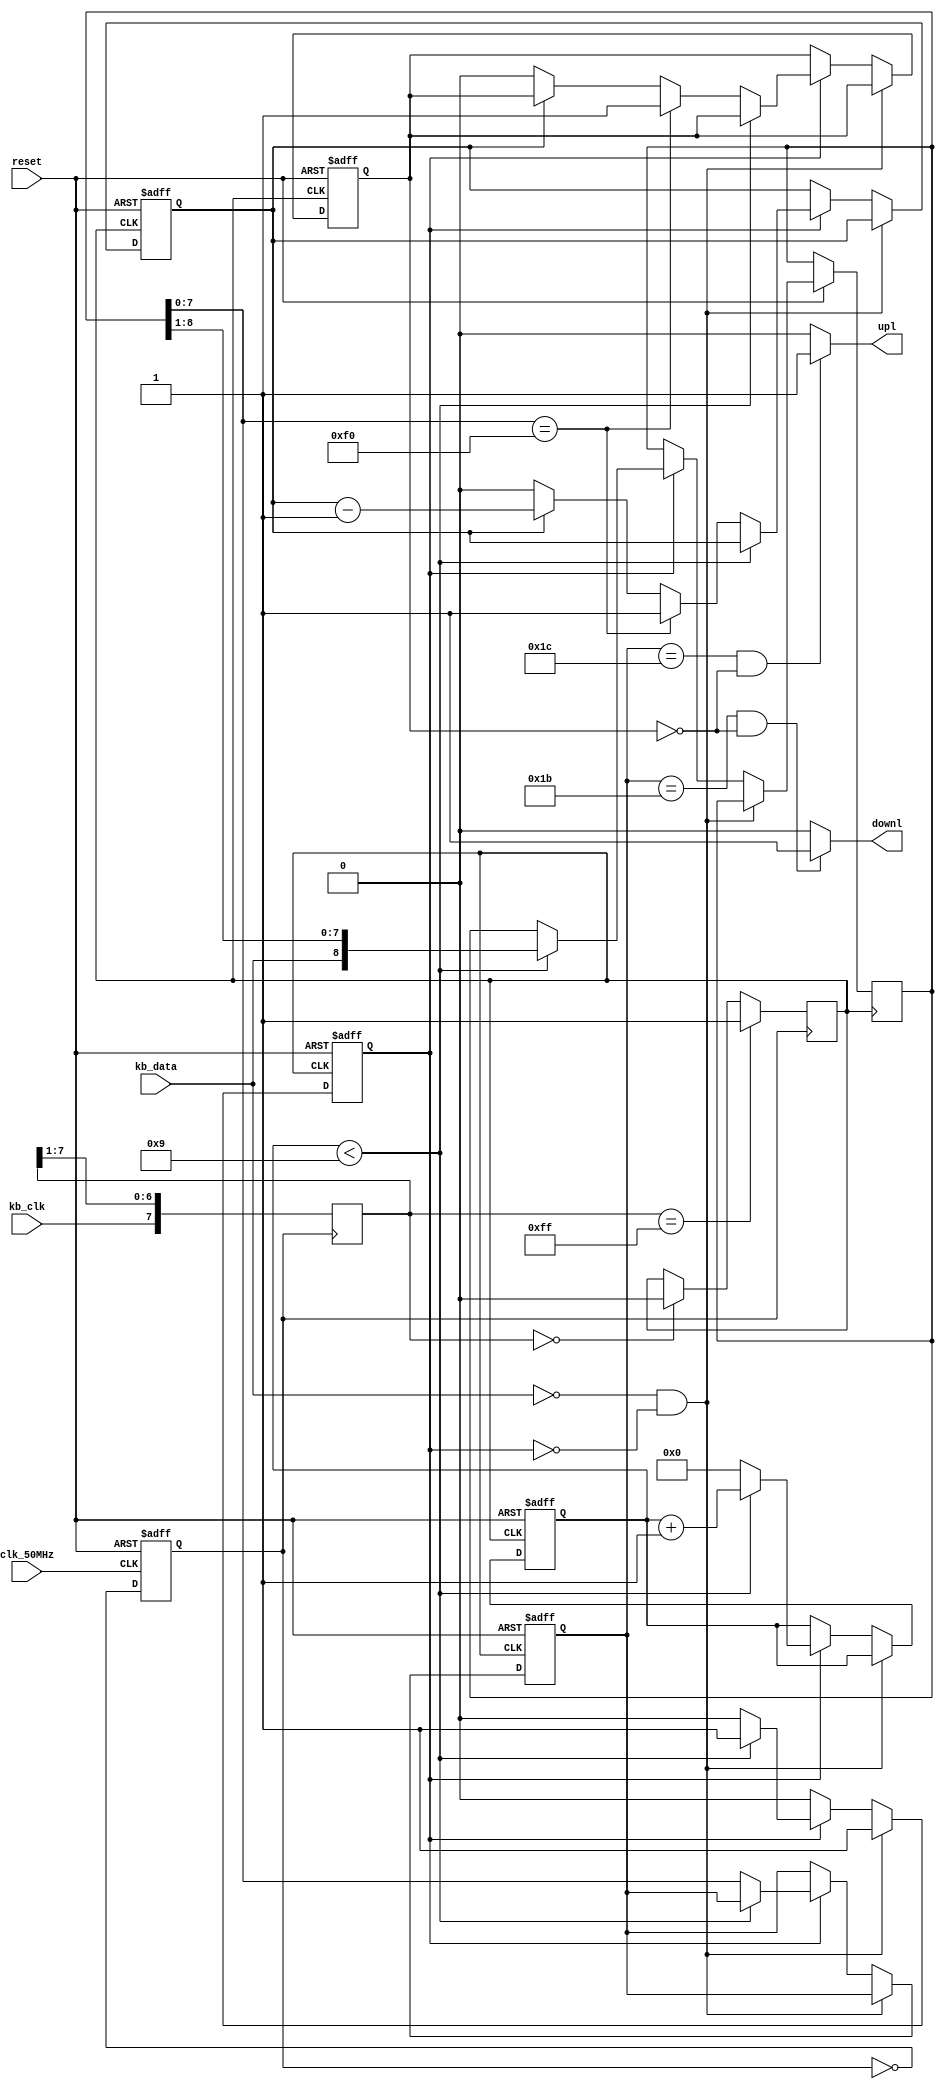
`timescale 1ns / 1ps
//////////////////////////////////////////////////////////////////////////////////
// Company: 
// Engineer: 
// 
// Design Name: 
// Module Name:    keyboard 
// Project Name: 
// Target Devices: 
// Tool versions: 
// Description: 
//
// Dependencies: 
//
// Revision: 
// Revision 0.01 - File Created
// Additional Comments: 
//
//////////////////////////////////////////////////////////////////////////////////
module keyboard(clk_50MHz,reset,kb_clk,kb_data,upl,downl);
input clk_50MHz;		//750kHz
input reset;	//
input kb_clk;	//20kHz
input kb_data;	//
output upl;	
output downl;
//output reg valid; //
//output reg[10:0] senddata; //

//
reg kb_clk_filtered;//
reg [7:0] filter; //8 
reg clk_25MHz; //50MHz 25MHz 
reg read_char; //"1"
reg ready_set; //8 "1"
reg got_f0; //"1"f0H
reg [3:0] in_cnt; //8 1 
reg [8:0] shift_in; //9 
reg [7:0] scan_code;//8 
reg got_f0_ttl;

//  ASupl downl 
assign upl=((scan_code==8'h1C)&&(got_f0 == 1'b0))?1:0; //A 
assign downl=((scan_code==8'h1B)&&(got_f0 == 1'b0))?1:0; //S 

//  25MHz clk_25MHz
always @ (posedge clk_50MHz,negedge reset)
	begin
		if(!reset)
			begin
				clk_25MHz<=0;
			end
		else 
			begin
				clk_25MHz<=~clk_25MHz;
			end
	end
	
//  
always @ (posedge clk_25MHz)
	begin
		filter<={kb_clk,filter[7:1]};
		if(filter==8'b11111111)
			begin
				kb_clk_filtered<=1'b1;
			end
		else if(filter==8'b00000000)
			begin
				kb_clk_filtered<=1'b0;
			end
	end //kb_clk_filtered

//  
always @ (negedge kb_clk_filtered or negedge reset)
	begin
		if (!reset) //
			begin
				read_char<=0;// read_charready_setgot_f0 in_cntscan_code 
				ready_set<=0;
				got_f0<=0;
				in_cnt<=0;
				scan_code<=0;
				got_f0_ttl<=0;
			end
		else //
			begin
				if ((kb_data == 1'b 0) && (read_char == 1'b 0))//0 
					begin
						read_char<=1;
						ready_set<=0;
					end // read_char 1ready_set 0
				else
					begin
						if (read_char == 1'b 1) //
							begin
								if (in_cnt < 4'd9) //9
									begin //8 
										shift_in[8:0] <= {kb_data,shift_in[8:1]};
										in_cnt <= in_cnt + 1'b 1;
									end
								else //
									begin
										if (shift_in[7:0] == 8'hf0) 
											begin
												got_f0 <= 1'b1;
												got_f0_ttl<=1;
											end
										else if(got_f0_ttl==1)
											begin
												got_f0_ttl<=got_f0_ttl-1;
											end
										else 
											begin
												got_f0 <= 1'b0;
											end
										scan_code<=shift_in[7:0];//8 
										in_cnt<=0;// read_char ready_set "1"in_cnt 
										read_char<=0;
										ready_set<=1;
									end
							end
					end
			end
	end
endmodule